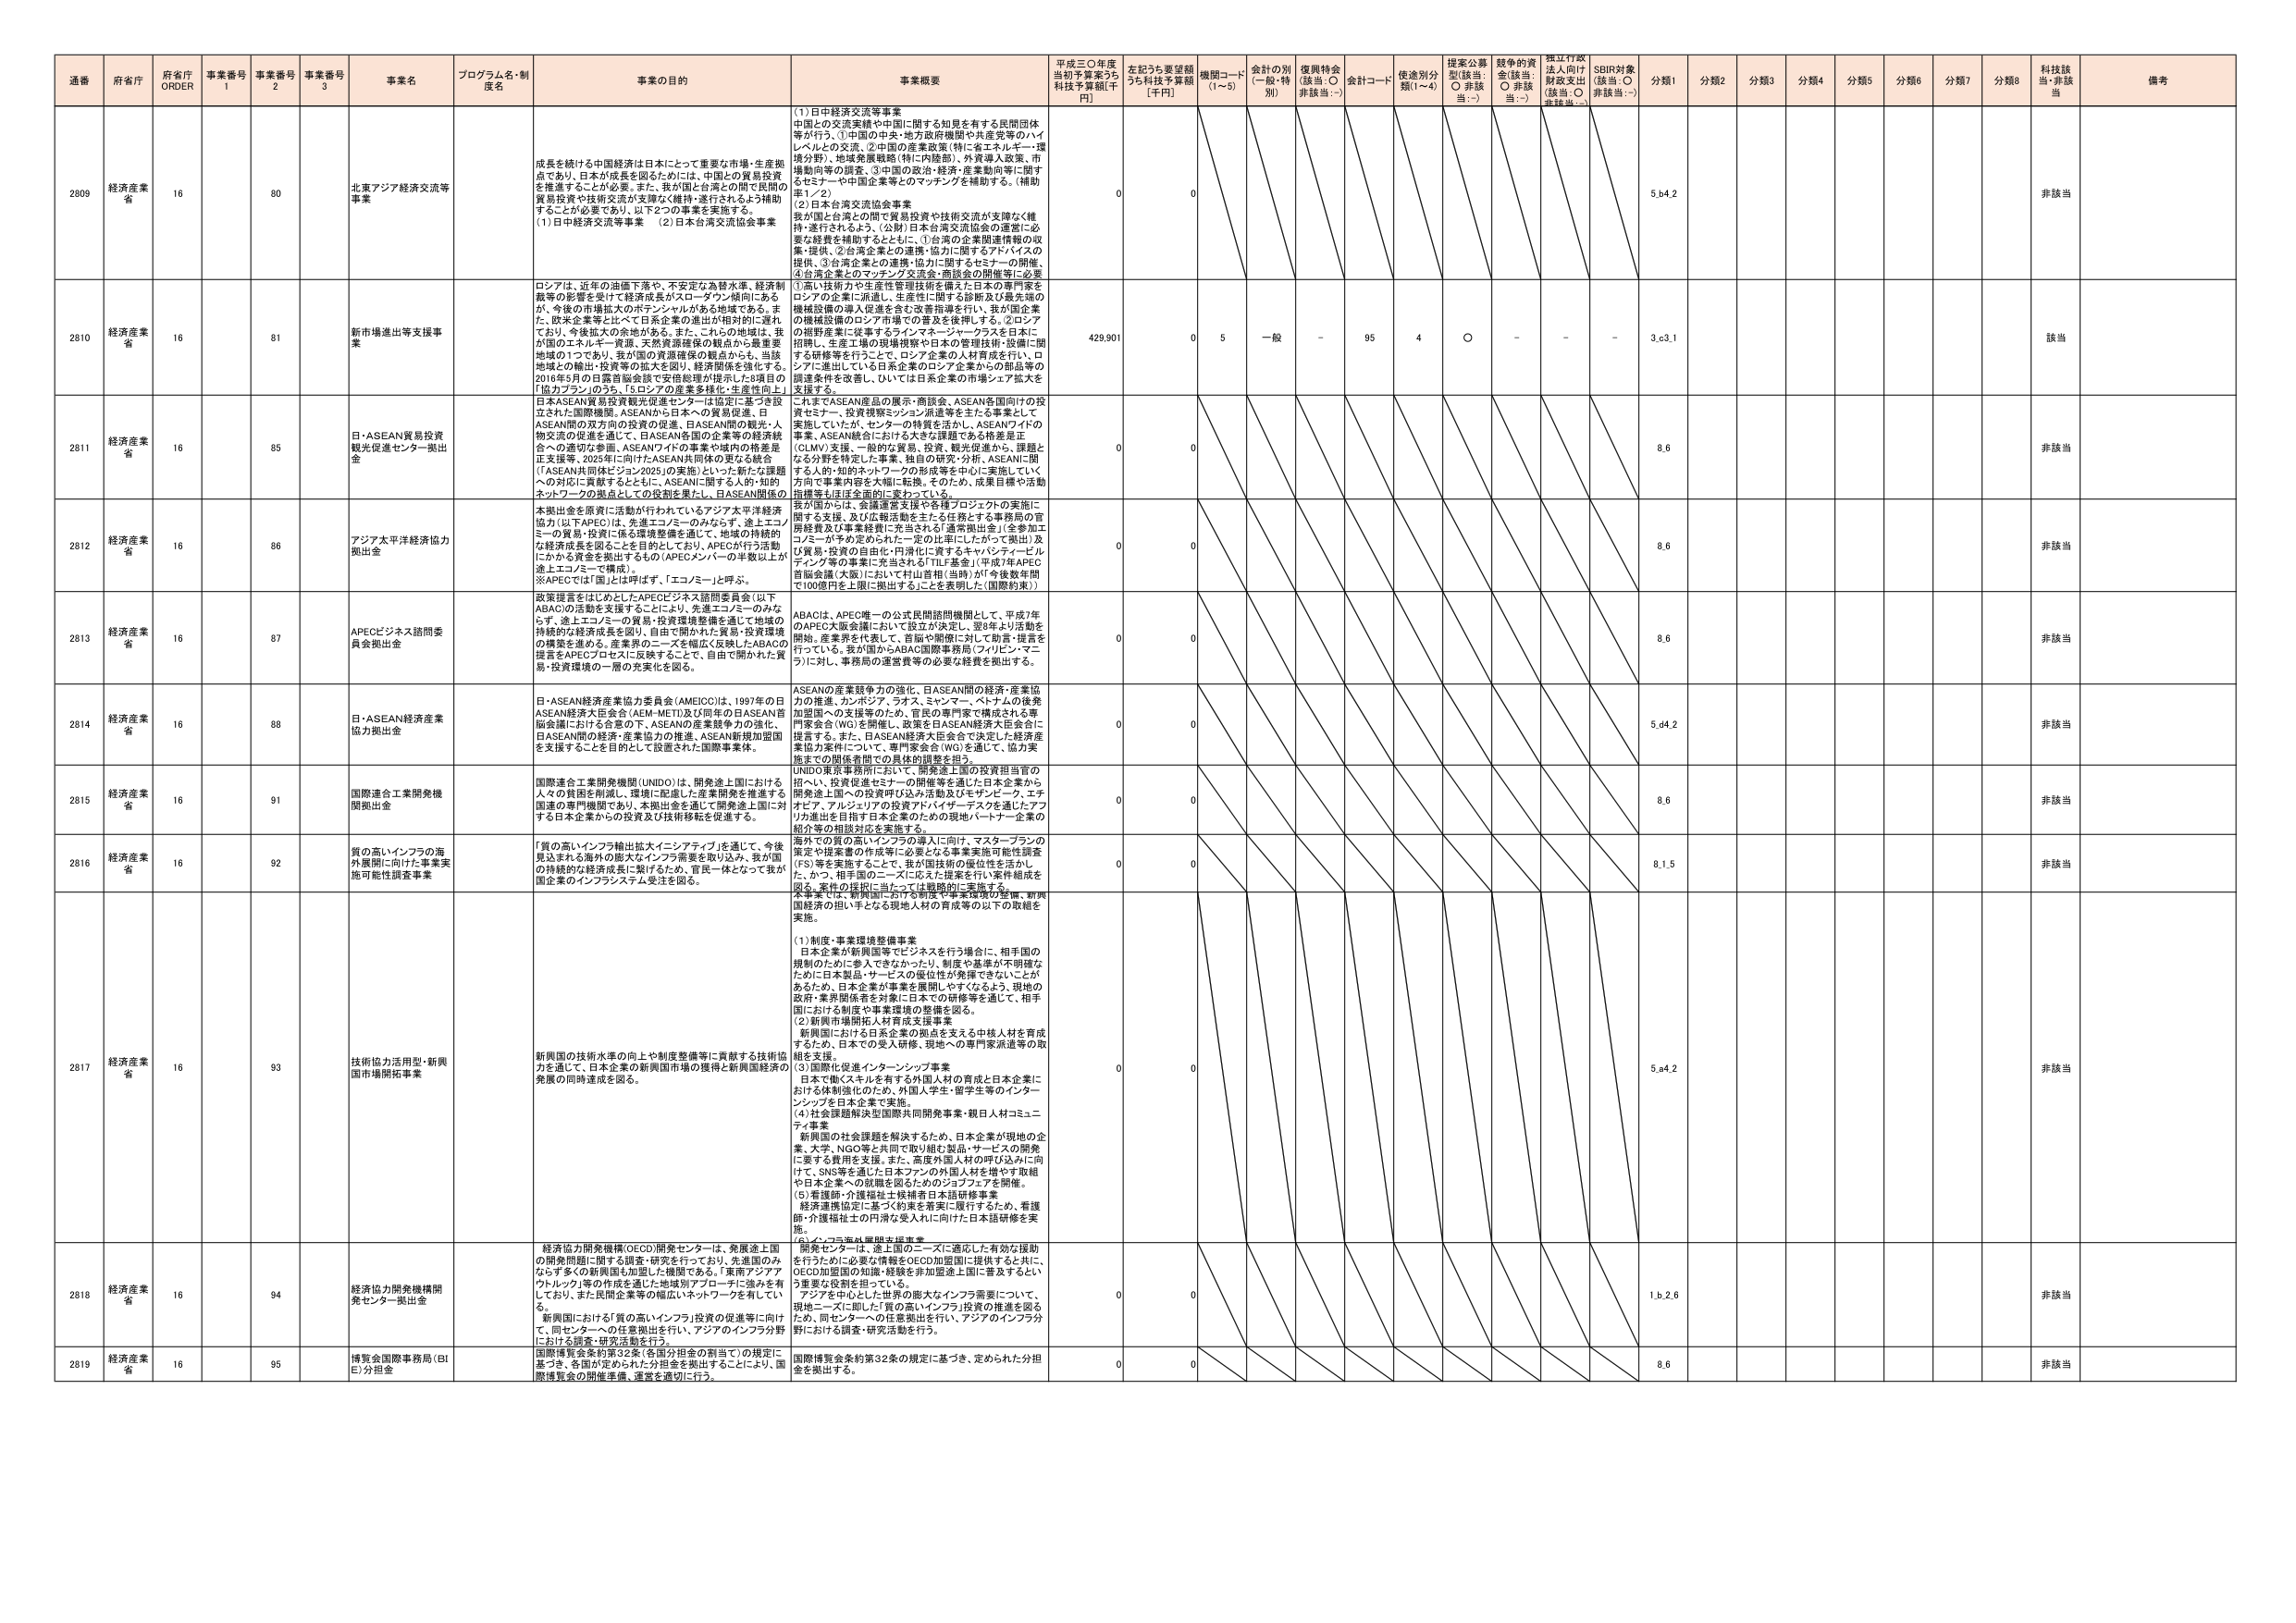
通番 府省庁 府省庁 ORDER 事業番号 1 事業番号 2 事業番号 3 事業名 プログラム名・制度名 事業の目的 事業概要 平成三〇年度当初予算案うち 科技予算額[千円] 左記うち要望額うち科技予算額[千円] 機関コード (1~5) 会計の別 (一般・特別) 復興特会 (該当：○ 非該当：-) 会計コード 使途別分類(1~4) 提案公募型(該当：○ 非該当：-) 競争的資金(該当：○ 非該当：-) 独立行政法人向け財政支出(該当：○ 非該当：-) SDIR対象(該当：○ 非該当：-) 分類1 分類2 分類3 分類4 分類5 分類6 分類7 分類8 科技該当・非該当 備考

2809 経済産業省 16 80 北東アジア経済交流等事業 成長を続ける中国経済は日本にとって重要な市場・生産拠点であり、日本が成長を図るためには、中国の産業投資を推進することが必要。また、我が国と台湾との間で民間の貿易投資や技術交流が支援なく維持・遂行されるよう補助することが必要であり、以下2つの事業を実施する。 (1)日中経済交流等事業 (2)日本台湾交流協会事業 (1)日中経済交流等事業 中国との交流実績や中国に関する知見を有する民間団体等が行う、①中国の中央・地方政府機関や共産党等のハイレベルとの交流、②中国の産業政策（特に省エネルギー・環境分野）、地域発展戦略（特に内陸部）、外資導入政策、市場動向等の調査、③中国の政治・経済・産業動向等に関するセミナーや中国企業等とのマッチングを補助する。（補助率1／2） (2)日本台湾交流協会事業 我が国と台湾との間で貿易投資や技術交流が支障なく維持・遂行されるよう、(公財)日本台湾交流協会の運営に必要な経費を補助するとともに、①台湾の企業間連携等の収集・提携、②台湾企業との連携・協力に関するガイドブックの提供、③台湾企業との連携・協力に関するセミナーの開催、④台湾企業とのマッチング交流会・商談会の開催等に必要な経費を補助する。 0 0 5.b4.2 非該当

2810 経済産業省 16 81 新市場進出等支援事業 ロシアは、近年の渋滞下落や、不安定な為替水準、経済制裁等の影響を受けて経済成長がスローダウン傾向にあるが、今後の市場拡大のポテンシャルがある地域である。また、欧米企業等と比べて日本企業の進出が相対的に遅れており、今後拡大の余地がある。また、これらの地域は、我が国のエネルギー資源、天然資源確保の観点からも最重要地域の1つであり、我が国の資源確保の観点からも、当該地域との輸出・投資等の拡大を図り、経済関係を強化する。2016年5月の日露首脳会談で安倍総理が提示した6項目の「協力プラン」のうち、「5.ロシアの産業多様化・生産性向上」 429,901 0 5 一般 - 95 4 ○ - - - 3.c3.1 該当

2811 経済産業省 16 85 日・ASEAN貿易投資観光促進センター拠出金 日本ASEAN貿易投資観光促進センターは協定に基づき設立された国際機関。ASEANから日本への貿易促進、日ASEAN間の双方方向の投資の促進、日ASEAN間の観光・人材交流の促進を通じて、日ASEAN各国の企業等の経済統合への適切な参画、ASEAN7カ国の事業や域内の格差是正支援等、2025年に向けたASEAN共同体の更なる統合（「ASEAN共同体ビジョン2025」の実施）といった新たな課題への対応に貢献するとともに、ASEANに関する人材・知的ネットワークの拠点としての役割を果たし、日ASEAN関係の 0 0 8.6 非該当

2812 経済産業省 16 86 アジア太平洋経済協力拠出金 本拠出金を原資に活動が行われているアジア太平洋経済協力（以下APEC）は、先進エコノミーのみならず、途上エコノミーの貿易・投資・環境課題を適切に、地域の持続的な経済成長を図ることを目的としており、APECが行う活動にかかる資金を拠出するもの（APECメンバーの半数以上が途上エコノミーで構成）。 ※APECでは「国」とは呼ばず、「エコノミー」と呼ぶ。 0 0 8.6 非該当

2813 経済産業省 16 87 APECビジネス諮問委員会拠出金 政策提言をはじめとしたAPECビジネス諮問委員会（以下ABAC）の活動を支援することにより、先進エコノミーのみならず、途上エコノミーの貿易・投資環境整備を通じて地域の持続的な経済成長を図り、自由で開かれた貿易・投資環境の構築を進める。産業界のニーズを幅広く反映したABACの提言をAPECプロセスに反映することで、自由で開かれた貿易・投資環境の一層の充実化を図る。 ABACは、APEC唯一の公式民間諮問機関として、平成27年のAPEC大阪会議において設立が決定し、翌年より活動を開始。産業界を代表して、首脳や閣僚に対して助言・提言を行っている。我が国からABAC国際事務局（フィリピン・マニラ）に対し、事務局の運営費等の必要な経費を拠出する。 0 0 8.6 非該当

2814 経済産業省 16 88 日・ASEAN経済産業協力拠出金 日・ASEAN経済産業協力委員会（AMEICC）は、1997年の日ASEAN経済大臣会合（AEM-MET）及び同年の日ASEAN首脳会議における合意の下、ASEANの産業競争力の強化、日ASEAN間の経済・産業協力の推進、ASEAN規加盟国を支援することを目的として設置された国際事業体。 ASEANの産業競争力の強化、日ASEAN間の経済・産業協力の推進、カーボンフリー、ラオス、ミャンマー、ベトナムの後発加盟国への支援等のため、官民の専門家で構成される専門家会合（WG）を開催し、政策を日ASEAN経済大臣会合に提言する。また、日ASEAN経済大臣会合で決定した経済産業協力案件について、専門家会合（WG）を通じて、協力実施までの関係者間での具体的調整を担う。 0 0 5.d4.2 非該当

2815 経済産業省 16 91 国際連合工業開発機関拠出金 国際連合工業開発機関（UNIDO）は、開発途上国における人々の貧困を削減し、環境に配慮した産業開発を推進する国連の専門機関であり、本拠出金を通じて開発途上国に対する日本企業からの投資及び技術移転を促進する。 UNIDO東京事務所において、開発途上国の投資担当官の招へい、投資促進セミナーの開催等を通じた日本企業から開発途上国への投資呼び込み活動及びモザンビーク、エチオピア、アルジェリアの投資アドバイザーデスクを通じたアフリカ進出を目指す日本企業のための現地パートナー企業の紹介等の相談対応を実施する。 0 0 8.6 非該当

2816 経済産業省 16 92 質の高いインフラの海外展開に向けた事業実施可能性調査事業 「質の高いインフラ輸出拡大イニシアティブ」を通じて、今後見込まれる海外の膨大なインフラ需要を取り込み、我が国の持続的な経済成長に繋げるとともに、官民一体となって我が国企業のインフラシステム受注を図る。 海外での質の高いインフラの導入に向け、マスタープランの策定や提案書の作成等に必要となる事業実施可能性調査（FS）等を実施することで、我が国技術の優位性を活かした、かつ、相手国のニーズに応えた提案を行い案件組成を図る。案件の採択に当たっては戦略的に実施する。 0 0 8.1.5 非該当

2817 経済産業省 16 93 技術協力活用型・新興国市場開拓事業 新興国の技術水準の向上や制度整備等に貢献する技術協力を通じて、日本企業の新興国市場の獲得と新興国経済の発展の同時達成を図る。 本事業では、新興国における制度や事業環境の整備、新興国経済の担い手となる現地人材の育成等の以下の取組を実施。 (1)制度・事業環境整備事業 日本企業が新興国等でビジネスを行う場合に、相手国の規制のために参入できなかったり、制度や基準が不明確なために日本製品・サービスの優位性が発揮できないことがあるため、日本企業が事業を展開しやすくするよう、現地の政府・業界関係者を対象に日本での研修等を通じて、相手国における制度や事業環境の整備を図る。 (2)新興市場開拓人材育成支援事業 新興国における日本企業の拠点を支える中核人材を育成するため、日本での受入研修、現地への専門家派遣等の取組を支援。 (3)国際化促進インターンシップ事業 日本で働くスキルを有する外国人材の育成と日本企業における体制強化のため、外国人学生・留学生等のインターンシップを日本企業で実施。 (4)社会課題解決型国際共同開発事業・親日人材コミュニティ事業 新興国の社会課題を解決するため、日本企業が現地の企業、大学、NGO等と共同で取り組む製品・サービスの開発に要する費用を支援。また、高度外国人材の呼び込みに向けて、SNS等を通じた日本ファンの外国人材を増やす取組や日本企業への就職を図るためのジョブフェアを開催。 (5)看護師・介護福祉士技術者日本語研修事業 経済連携協定に基づく約束を着実に履行するため、看護師・介護福祉士の円滑な受入れに向けた日本語研修を実施。 (6)インフラ海外展開支援事業 0 0 5.e4.2 非該当

2818 経済産業省 16 94 経済協力開発機構開発センター拠出金 経済協力開発機構（OECD）開発センターは、発展途上国の開発問題に関する調査・研究を行っており、先進国のみならず多くの新興国も加盟した機関である。「東南アジアアウェルネス」等の作成を通じて地域別プロジェクト強みを有しており、また民間企業等の幅広いネットワークを有している。 新興国における「質の高いインフラ」投資の促進等に向け、国際情勢を踏まえ、現地ニーズに即した「質の高いインフラ」投資の推進を図るため、同センターへの任意拠出を行い、アジアのインフラ分野における調査・研究活動を行う。 開発センターは、途上国のニーズに適応した有効な援助を行うために必要な情報をOECD加盟国に提供すると共に、OECD加盟国の知識・経験を非加盟途上国に普及するという重要な役割を担っている。 アジアを中心とした世界の膨大なインフラ需要について、現地ニーズに即した「質の高いインフラ」投資の推進を図るため、同センターへの任意拠出を行い、アジアのインフラ分野における調査・研究活動を行う。 0 0 1.b.2.6 非該当

2819 経済産業省 16 95 博覧会国際事務局（BIE）分担金 国際博覧会条約第32条（各国分担金の割当て）の規定に基づき、各国が定められた分担金を拠出することにより、国際博覧会の開催準備、運営を適切に行う。 国際博覧会条約第32条の規定に基づき、定められた分担金を拠出する。 0 0 8.6 非該当